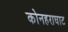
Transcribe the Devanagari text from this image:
कोनहराघाट